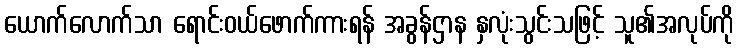
ယောက်လောက်သာ ရောင်းဝယ်ဖောက်ကားရန် အခွန်ဌာန နှလုံးသွင်းသဖြင့် သူ၏အလုပ်ကို